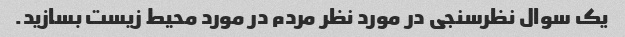
یک سوال نظرسنجی در مورد نظر مردم در مورد محیط زیست بسازید.